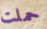
حملت